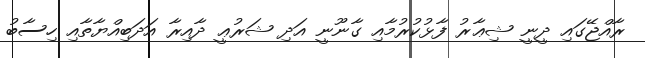
ރާއްޖޭގައި ދީނީ ޝިޢާރު ފާޅުކުރުމާއި ގާނޫނީ އަދި ޝަރުޢީ ދާއިރާ އަދަބިއްޔާތާއި ހިސާބު